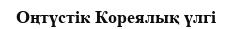
Оңтүстік Кореялық үлгі